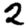
Digit: 2